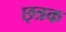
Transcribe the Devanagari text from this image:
छ्त्रक